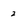
Character: 2